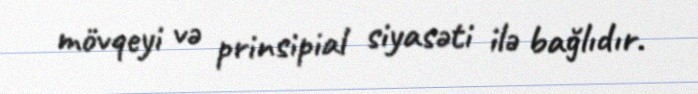
mövqeyi və prinsipial siyasəti ilə bağlıdır.